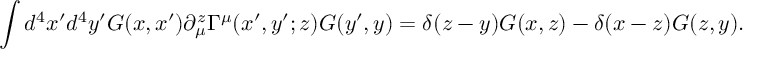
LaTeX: \int d ^ { 4 } x ^ { \prime } d ^ { 4 } y ^ { \prime } G ( x , x ^ { \prime } ) \partial _ { \mu } ^ { z } \Gamma ^ { \mu } ( x ^ { \prime } , y ^ { \prime } ; z ) G ( y ^ { \prime } , y ) = \delta ( z - y ) G ( x , z ) - \delta ( x - z ) G ( z , y ) .